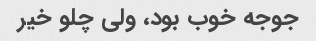
جوجه خوب بود، ولی چلو خیر